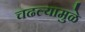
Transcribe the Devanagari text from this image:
चढल्यामुळे